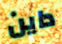
داين